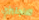
الانجليزي